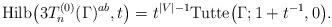
LaTeX: \begin{gather*}{\rm Hilb}\big(3T_n^{(0)}(\Gamma)^{ab},t\big)= t^{|V|-1} {\rm Tutte}\big(\Gamma;1+t^{-1},0\big).\end{gather*}